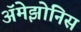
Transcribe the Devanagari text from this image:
ॲमेझोनिस